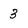
Character: 3